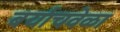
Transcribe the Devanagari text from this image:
बर्याचवेळा